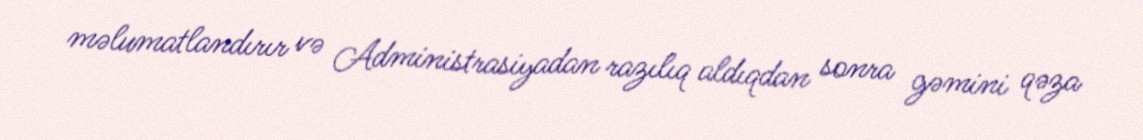
məlumatlandırır və Administrasiyadan razılıq aldıqdan sonra gəmini qəza